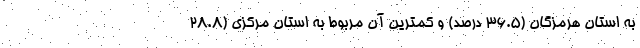
به استان هرمزگان (36.5 درصد) و کمترین آن مربوط به استان مرکزی (28.8